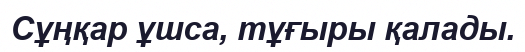
Сұңқар ұшса, тұғыры қалады.